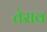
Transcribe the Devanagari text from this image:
तेराव